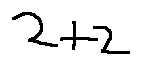
2 + 2